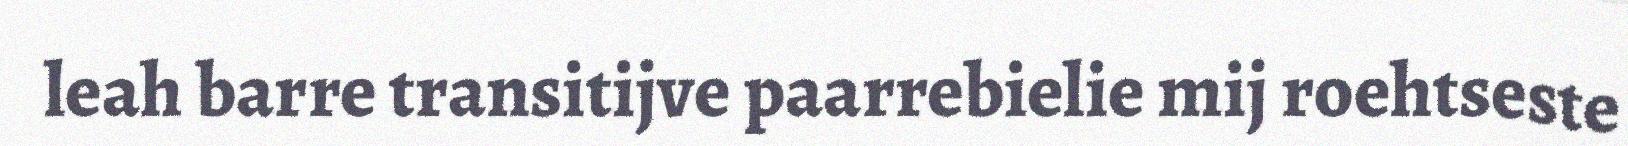
leah barre transitijve paarrebielie mij roehtseste